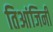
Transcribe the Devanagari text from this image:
तिआंजिनी